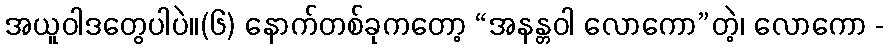
အယူဝါဒတွေပါပဲ။(၆) နောက်တစ်ခုကတော့ “အနန္တဝါ လောကော”တဲ့၊ လောကော -